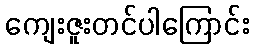
ကျေးဇူးတင်ပါကြောင်း